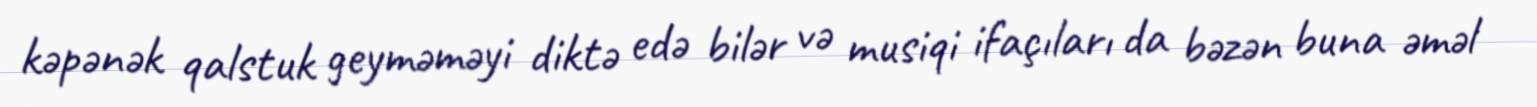
kəpənək qalstuk geyməməyi diktə edə bilər və musiqi ifaçıları da bəzən buna əməl